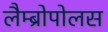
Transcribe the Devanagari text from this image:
लैम्ब्रोपोलस